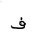
Letter: _fa